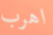
اهرب